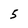
Character: 5